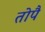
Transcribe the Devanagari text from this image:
तोपै